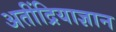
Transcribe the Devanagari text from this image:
अतींद्रियाज्ञान